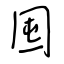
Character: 囤